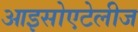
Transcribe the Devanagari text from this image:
आइसोएटेलीज